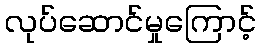
လုပ်ဆောင်မှုကြောင့်